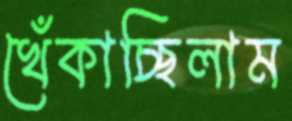
খেঁকাচ্ছিলাম